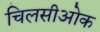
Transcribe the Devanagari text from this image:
चिलसीओक